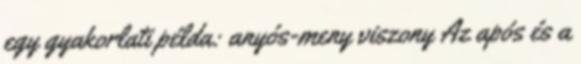
egy gyakorlati példa: anyós-meny viszony Az após és a